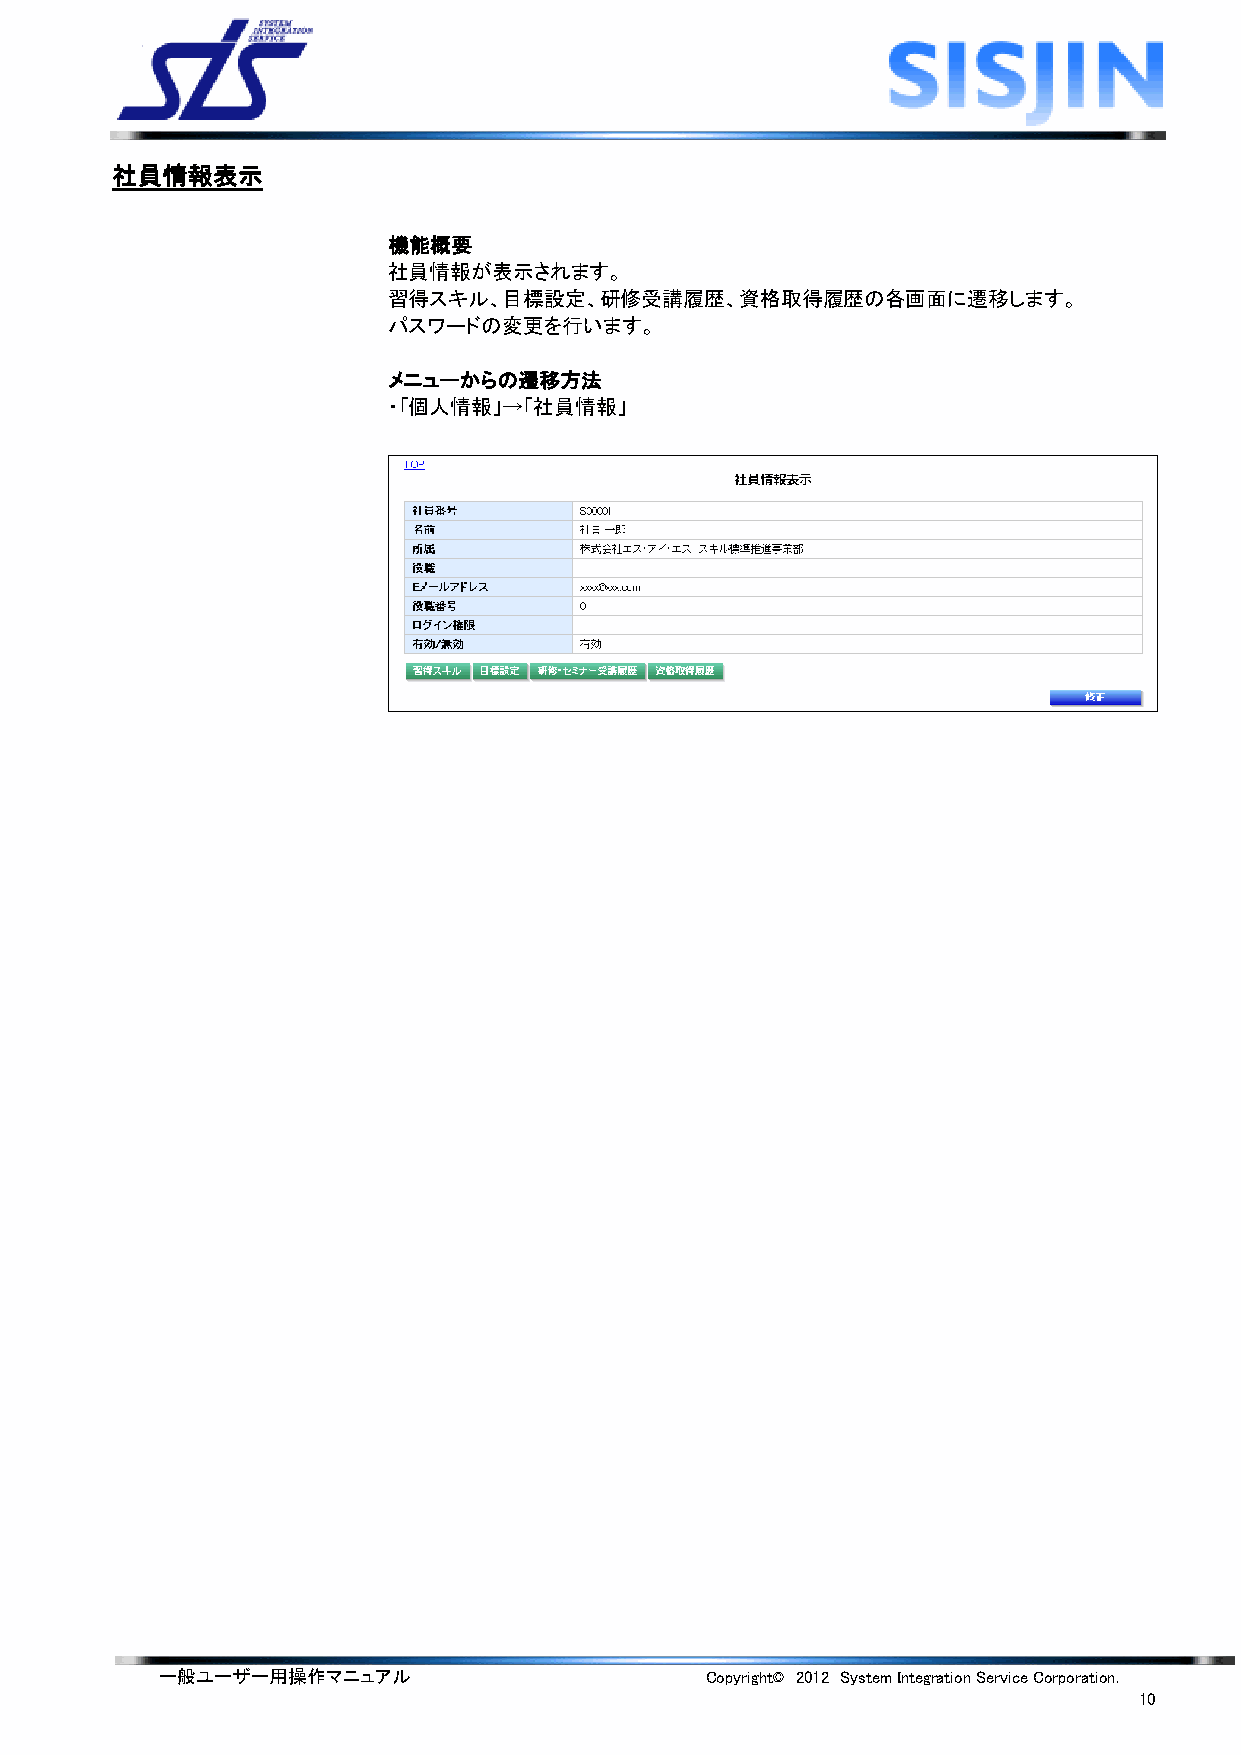
社員情報表示
 機能概要
 社員情報が表示されます。
 習得スキル、目標設定、研修受講履歴、資格取得履歴の各画面に遷移します。
 パスワードの変更を行います。
 メニューからの遷移方法
 ・「個人情報」→「社員情報」
 一般ユーザー用操作マニュアル                      Copyright© 2012 System Integration Service Corporation.
 10